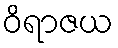
ဝိရာဇယ